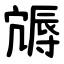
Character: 䢇